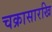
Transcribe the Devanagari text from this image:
चक्रासारखि